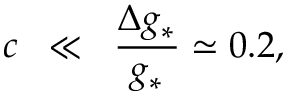
c \; \; \ll \; \; \frac { \Delta g _ { * } } { g _ { * } } \simeq 0 . 2 ,